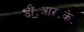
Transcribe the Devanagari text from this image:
डी॰आर॰के॰